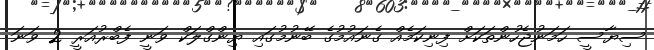
ސިޔާސީ ހަމަނުޖެހުންތަކަށް ފިނިކަމެއް ގެނައުމުގެ ބޭނުމުގައި ޔިންގްލަކް ވަނީ ފެބްރުއަރީ 2 ވަނަ